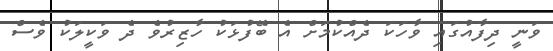
ވަނީ ދިފާއުގައި ވާހަކަ ދެއްކުމަށް އެ ބޭފުޅަކު ހާޒިރުވެ ދެ ވަކީލަކު ވެސް